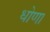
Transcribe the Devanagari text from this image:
धोणा